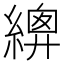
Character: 𦃍